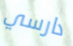
دارسي